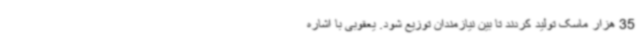
35 هزار ماسک تولید کردند تا بین نیازمندان توزیع شود. یعقوبی با اشاره